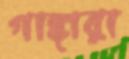
গাঙ্গারা